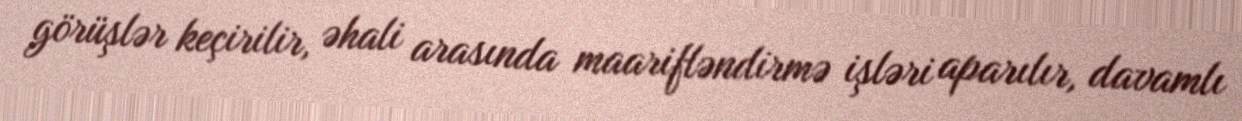
görüşlər keçirilir, əhali arasında maarifləndirmə işləri aparılır, davamlı